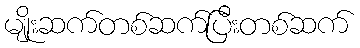
မျိုးဆက်တစ်ဆက်ပြီးတစ်ဆက်